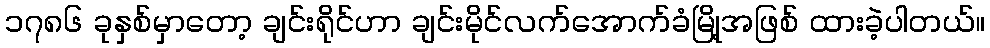
၁၇၈၆ ခုနှစ်မှာတော့ ချင်းရိုင်ဟာ ချင်းမိုင်လက်အောက်ခံမြို့အဖြစ် ထားခဲ့ပါတယ်။